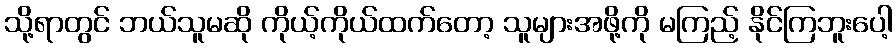
သို့ရာတွင် ဘယ်သူမဆို ကိုယ့်ကိုယ်ထက်တော့ သူများအဖို့ကို မကြည့် နိုင်ကြဘူးပေါ့